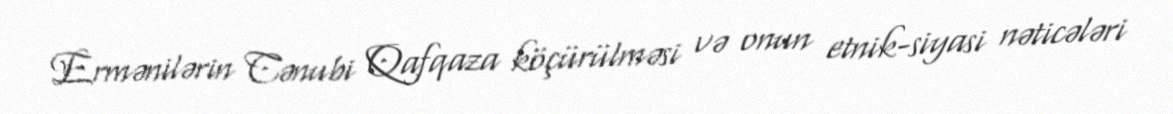
Ermənilərin Cənubi Qafqaza köçürülməsi və onun etnik-siyasi nəticələri